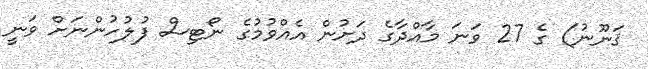
ޤަނޫނު) ގެ 27 ވަނަ މާއްދާގެ ދަށުން އެއްވުމުގެ ނޯޓިސް ފުލުހުންނަށް ވަނީ